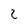
Character: 2